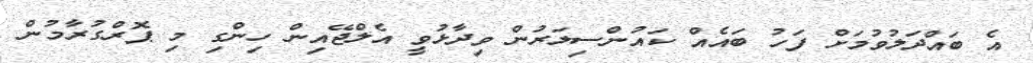
އެ ބައްދަލުވުމަށް ފަހު ބައެއް ކައުންސިލަރުން ވިދާޅުވީ އެލްޖޭއިން ހިންގި މި ޕޮރްގުރާމުން